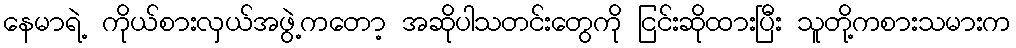
နေမာရဲ့ ကိုယ်စားလှယ်အဖွဲ့ကတော့ အဆိုပါသတင်းတွေကို ငြင်းဆိုထားပြီး သူတို့ကစားသမားက